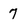
Character: 7